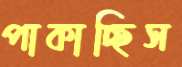
পাকাচ্ছিস